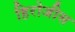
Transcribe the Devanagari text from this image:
हिरोजीस